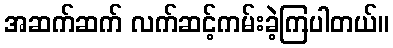
အဆက်ဆက် လက်ဆင့်ကမ်းခဲ့ကြပါတယ်။